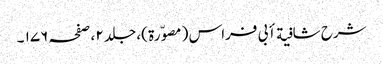
شرح شافیة أبی فراس ( مصوّرة )، جلد ٢ ، صفحہ ١٧٦ ۔